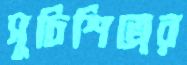
সূচিশিল্পের